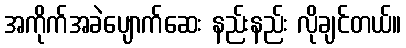
အကိုက်အခဲပျောက်ဆေး နည်းနည်း လိုချင်တယ်။